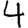
Digit: 4